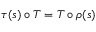
\tau ( s ) \circ T = T \circ \rho ( s )